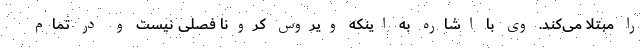
را مبتلا می‌کند. وی با اشاره به اینکه ویروس کرونا فصلی نیست و در تمام